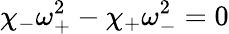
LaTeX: \chi_{-}\omega_{+}^{2}-\chi_{+}\omega_{-}^{2}=0